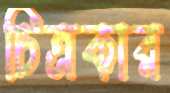
চিত্রকার